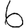
Digit: 6